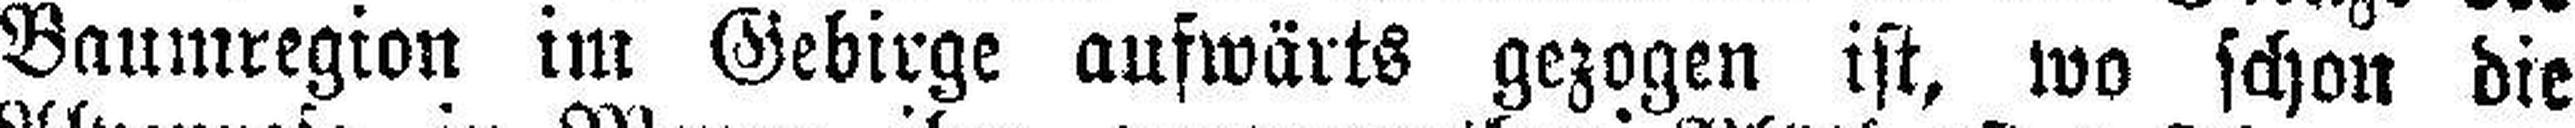
Baumregion im Gebirge aufwärts gezogen ist, wo schon die